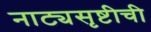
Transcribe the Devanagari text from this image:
नाट्यसृष्टीची